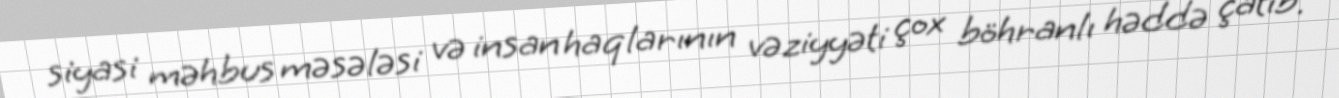
siyasi məhbus məsələsi və insan haqlarının vəziyyəti çox böhranlı həddə çatıb.